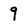
Character: 9